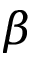
\beta